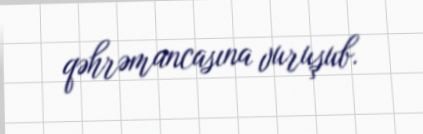
qəhrəmancasına vuruşub.